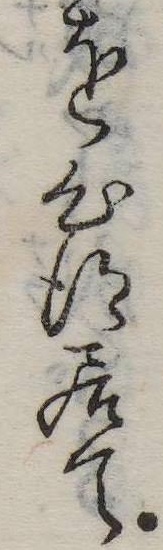
を心得居て